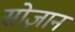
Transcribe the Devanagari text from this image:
सोज़ान